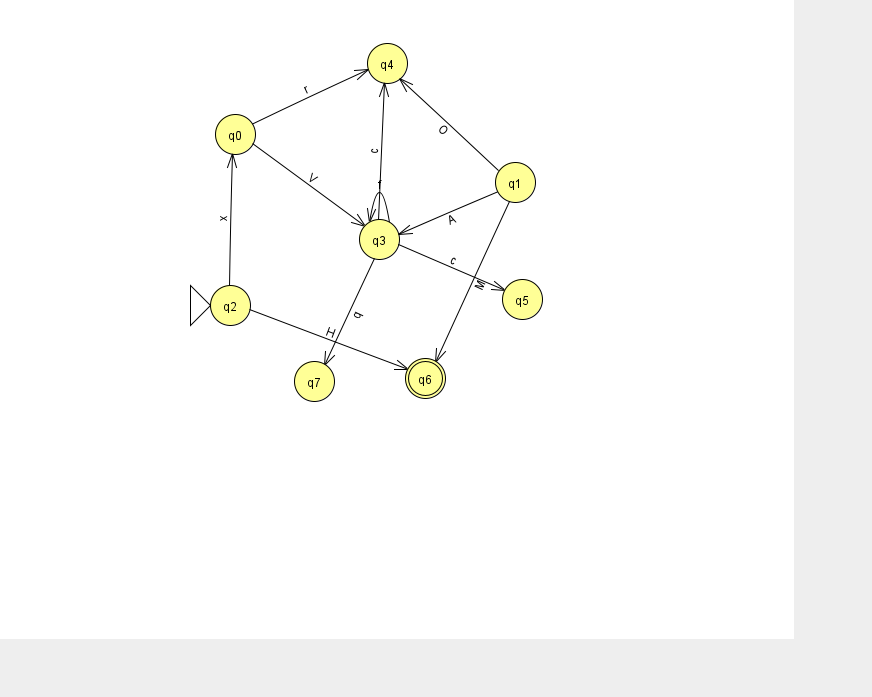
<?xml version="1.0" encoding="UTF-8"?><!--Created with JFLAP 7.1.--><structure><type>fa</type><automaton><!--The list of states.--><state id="0" name="q0"><x>235.0</x><y>121.0</y></state><state id="1" name="q1"><x>515.0</x><y>169.0</y></state><state id="2" name="q2"><x>230.0</x><y>292.0</y><initial/></state><state id="3" name="q3"><x>379.0</x><y>226.0</y></state><state id="4" name="q4"><x>387.0</x><y>50.0</y></state><state id="5" name="q5"><x>522.0</x><y>286.0</y></state><state id="6" name="q6"><x>425.0</x><y>365.0</y><final/></state><state id="7" name="q7"><x>314.0</x><y>368.0</y></state><!--The list of transitions.--><transition><from>3</from><to>4</to><read>c</read></transition><transition><from>1</from><to>4</to><read>O</read></transition><transition><from>2</from><to>6</to><read>H</read></transition><transition><from>2</from><to>0</to><read>x</read></transition><transition><from>3</from><to>5</to><read>c</read></transition><transition><from>3</from><to>3</to><read>f</read></transition><transition><from>3</from><to>7</to><read>q</read></transition><transition><from>1</from><to>6</to><read>M</read></transition><transition><from>0</from><to>3</to><read>V</read></transition><transition><from>0</from><to>4</to><read>r</read></transition><transition><from>1</from><to>3</to><read>A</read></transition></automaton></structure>